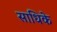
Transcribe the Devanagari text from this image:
साधिके